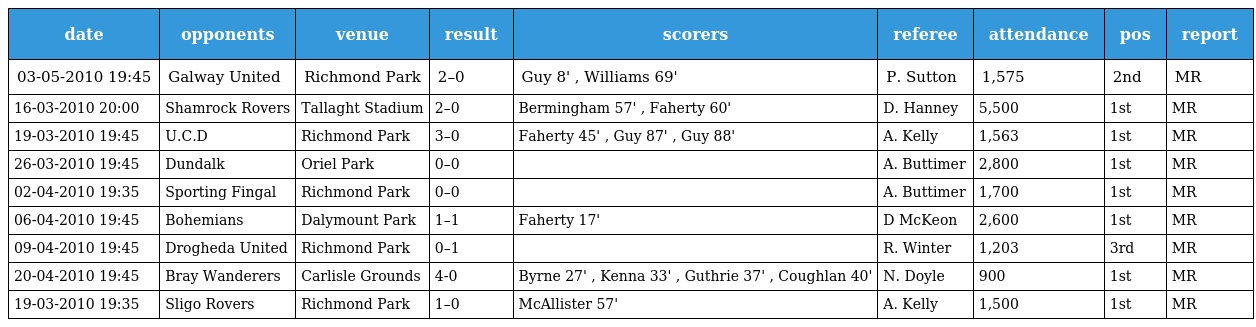
| date | opponents | venue | result | scorers | referee | attendance | pos | report |
 | --- | --- | --- | --- | --- | --- | --- | --- | --- |
 | 03-05-2010 19:45 | Galway United | Richmond Park | 2–0 | Guy 8' , Williams 69' | P. Sutton | 1,575 | 2nd | MR |
 | 16-03-2010 20:00 | Shamrock Rovers | Tallaght Stadium | 2–0 | Bermingham 57' , Faherty 60' | D. Hanney | 5,500 | 1st | MR |
 | 19-03-2010 19:45 | U.C.D | Richmond Park | 3–0 | Faherty 45' , Guy 87' , Guy 88' | A. Kelly | 1,563 | 1st | MR |
 | 26-03-2010 19:45 | Dundalk | Oriel Park | 0–0 |  | A. Buttimer | 2,800 | 1st | MR |
 | 02-04-2010 19:35 | Sporting Fingal | Richmond Park | 0–0 |  | A. Buttimer | 1,700 | 1st | MR |
 | 06-04-2010 19:45 | Bohemians | Dalymount Park | 1–1 | Faherty 17' | D McKeon | 2,600 | 1st | MR |
 | 09-04-2010 19:45 | Drogheda United | Richmond Park | 0–1 |  | R. Winter | 1,203 | 3rd | MR |
 | 20-04-2010 19:45 | Bray Wanderers | Carlisle Grounds | 4-0 | Byrne 27' , Kenna 33' , Guthrie 37' , Coughlan 40' | N. Doyle | 900 | 1st | MR |
 | 19-03-2010 19:35 | Sligo Rovers | Richmond Park | 1–0 | McAllister 57' | A. Kelly | 1,500 | 1st | MR |